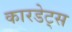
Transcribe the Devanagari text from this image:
कारडेट्स